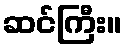
ဆင်ကြီး။